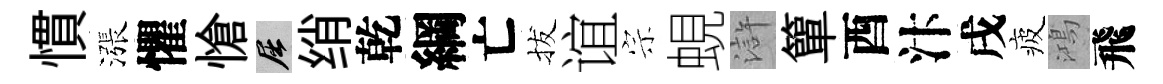
慣漲懼愴屈绡乾綱亡拔谊宗蜆滸簞酉汴戌疲鴻飛